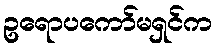
ဥရောပကော်မရှင်က